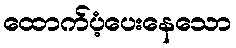
ထောက်ပံ့ပေးနေသော